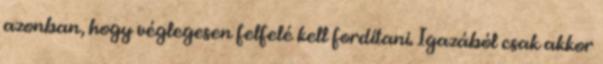
azonban, hogy véglegesen felfelé kell fordítani. Igazából csak akkor